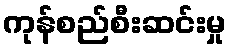
ကုန်စည်စီးဆင်းမှု